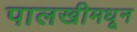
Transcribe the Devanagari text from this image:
पालखीमधून